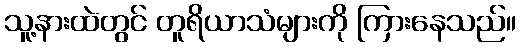
သူ့နားထဲတွင် တူရိယာသံများကို ကြားနေသည်။